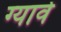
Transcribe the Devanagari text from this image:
ग्यार्वे